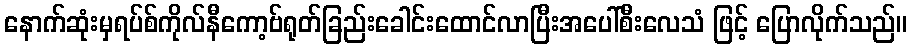
နောက်ဆုံးမှရပ်စ်ကိုလ်နီကော့ဗ်ရုတ်ခြည်းခေါင်းထောင်လာပြီးအပေါ်စီးလေသံ ဖြင့် ပြောလိုက်သည်။